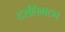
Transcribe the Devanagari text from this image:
टरलिंगटन